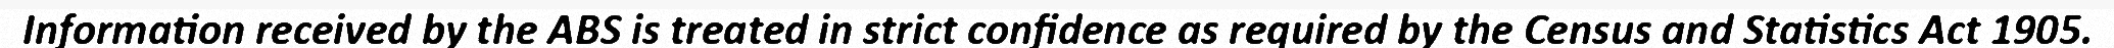
Information received by the ABS is treated in strict confidence as required by the Census and Statistics Act 1905.